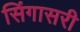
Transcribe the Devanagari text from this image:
सिंगासरी